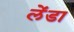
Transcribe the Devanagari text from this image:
लेंडा